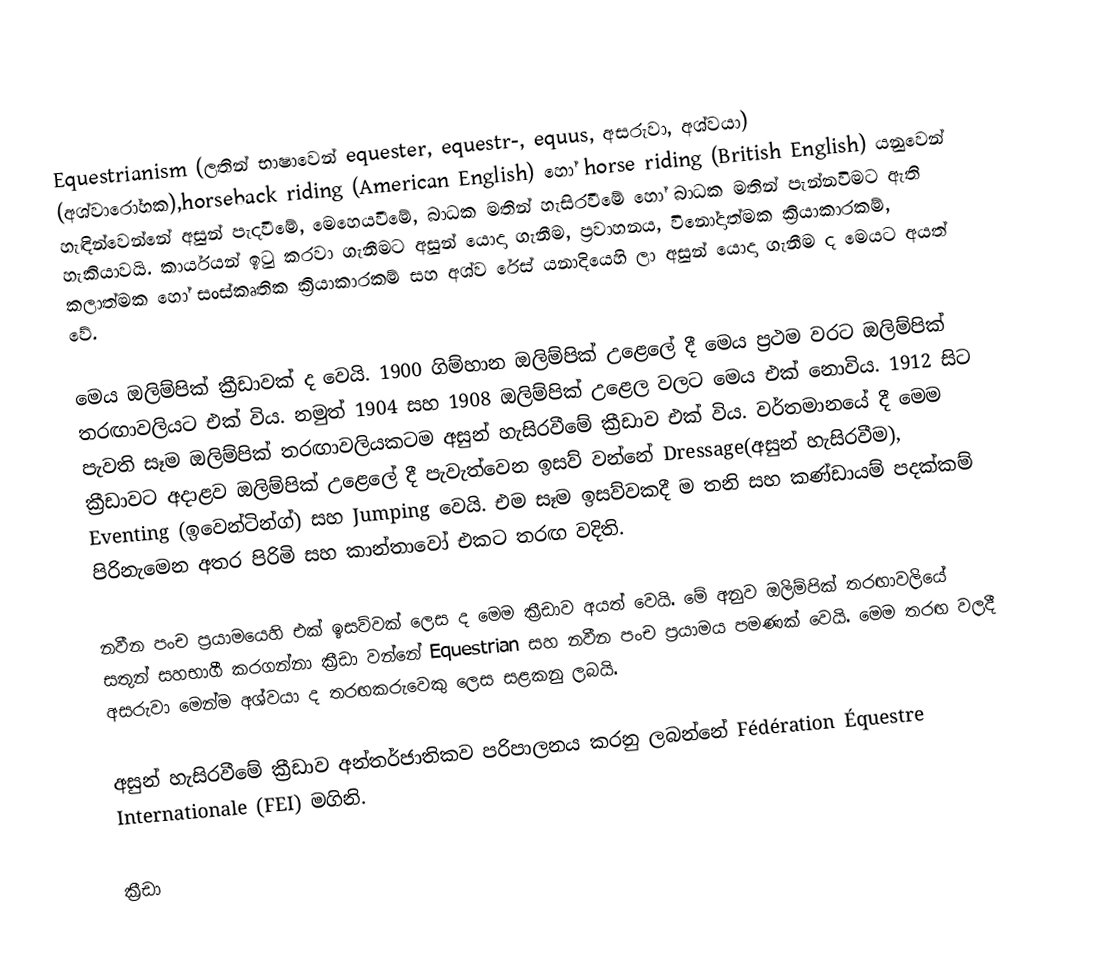
Equestrianism (ලතින් භාෂාවෙන් equester, equestr-, equus, අසරුවා, අශ්වයා) (අශ්වාරෝහක),horseback riding (American English) හෝ horse riding (British English) යනුවෙන් හැඳින්වෙන්නේ අසුන් පැදවීමේ, මෙහෙයවීමේ, බාධක මතින් හැසිරවීමේ හෝ බාධක මතින් පැන්නවිමට ඇති හැකියාවයි. කාර්යයන් ඉටු කරවා ගැනීමට අසුන් යොදා ගැනීම, ප්‍රවාහනය, විනෝදාත්මක ක්‍රියාකාරකම්, කලාත්මක හෝ සංස්කෘතික ක්‍රියාකාරකම් සහ අශ්ව රේස් යනාදියෙහි ලා අසුන් යොදා ගැනීම ද මෙයට අයත් වේ.

මෙය ඔලිම්පික් ක්‍රීඩාවක් ද වෙයි. 1900 ගිම්හාන ඔලිම්පික් උළෙලේ දී මෙය ප්‍රථම වරට ඔලිම්පික් තරඟාවලියට එක් විය. නමුත් 1904 සහ 1908 ඔලිම්පික් උළෙල වලට මෙය එක් නොවිය. 1912 සිට පැවති සෑම ඔලිම්පික් තරඟාවලියකටම අසුන් හැසිරවීමේ ක්‍රීඩාව එක් විය. වර්තමානයේ දී මෙම ක්‍රීඩාවට අදාළව ඔලිම්පික් උළෙලේ දී පැවැත්වෙන ඉසව් වන්නේ Dressage(අසුන් හැසිරවීම), Eventing (ඉවෙන්ටින්ග්) සහ Jumping වෙයි. එම සෑම ඉසව්වකදී ම තනි සහ කණ්ඩායම් පදක්කම් පිරිනැමෙන අතර පිරිමි සහ කාන්තාවෝ එකට තරඟ වදිති.

නවීන පංච ප්‍රයාමයෙහි එක් ඉසව්වක් ලෙස ද මෙම ක්‍රීඩාව අයත් වෙයි. මේ අනුව ඔලිම්පික් තරඟාවලියේ සතුන් සහභාගී කරගන්නා ක්‍රීඩා වන්නේ Equestrian සහ නවීන පංච ප්‍රයාමය පමණක් වෙයි. මෙම තරඟ වලදී අසරුවා මෙන්ම අශ්වයා ද තරඟකරුවෙකු ලෙස සළකනු ලබයි.

අසුන් හැසිරවීමේ ක්‍රීඩාව අන්තර්ජාතිකව පරිපාලනය කරනු ලබන්නේ Fédération Équestre Internationale (FEI) මගිනි.

ක්‍රීඩා